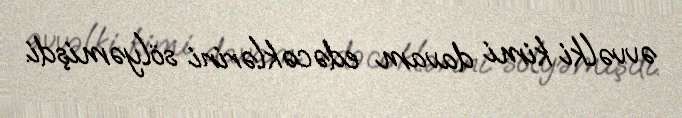
əvvəlki kimi davam edəcəklərini sölyəmişdi.